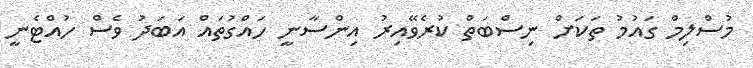
މުސްލިމް ގައުމު ތަކަށް ނިސްބަތް ކުރެވޭއިރު އިންސާނީ ހައްގުތައް އަބަދު ވެސް ހުއްޓެނީ